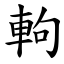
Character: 軥